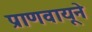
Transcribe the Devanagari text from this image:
प्राणवायूने